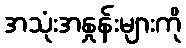
အသုံးအနှုန်းများကို